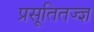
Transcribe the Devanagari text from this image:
प्रसूतितज्‍ज्ञ